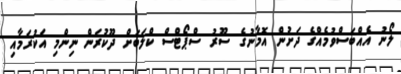
ލޯނު އެއްބަސްވުމެއްގެ ދަށުން އޮމާނުގެ ސޫރު ސްޕޯޓްސް ކްލަބަށް ދޫކުރަން ނިންމި އަކުރަމާއި